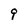
Character: 9